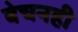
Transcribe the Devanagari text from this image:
बेचनही